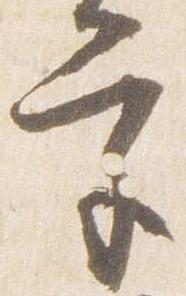
宮